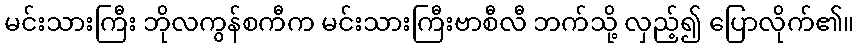
မင်းသားကြီး ဘိုလကွန်စကီက မင်းသားကြီးဗာစီလီ ဘက်သို့ လှည့်၍ ပြောလိုက်၏။